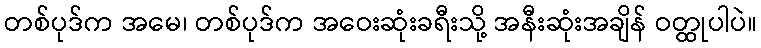
တစ်ပုဒ်က အမေ၊ တစ်ပုဒ်က အဝေးဆုံးခရီးသို့ အနီးဆုံးအချိန် ဝတ္ထုပါပဲ။